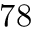
7 8